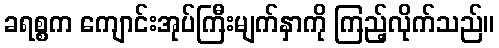
ခရစ္စက ကျောင်းအုပ်ကြီးမျက်နှာကို ကြည့်လိုက်သည်။